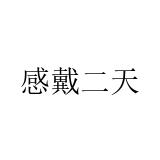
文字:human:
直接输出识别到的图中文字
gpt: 感戴二天